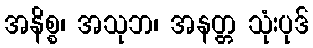
အနိစ္စ၊ အသုဘ၊ အနတ္တ သုံးပုဒ်